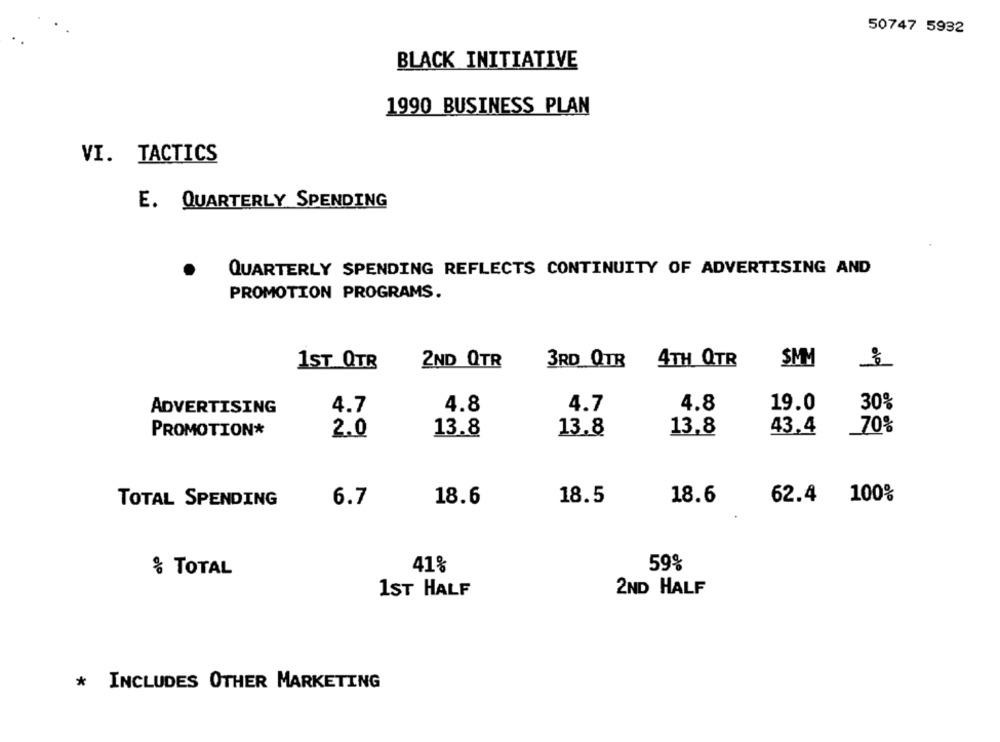
50747 5932
BLACK INITIATIVE
1990 BUSINESS PLAN
VI. TACTICS
E. QUARTERLY SPENDING
QUARTERLY SPENDING REFLECTS CONTINUITY OF ADVERTISING AND
PROMOTION PROGRAMS.
2ND QTR
3RD QTR
4TH QTR
SMM
1ST QTR
4.7
4.8
4.7
4.8
19.0
30%
ADVERTISING
13,8
43.4
70%
PROMOTION*
2.0
13.8
13.8
100%
TOTAL SPENDING
6.7
18.6
18.5
18.6
62.4
41%
59%
% TOTAL
1ST HALF
2ND HALF
* INCLUDES OTHER MARKETING